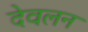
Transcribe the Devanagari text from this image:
देवलन